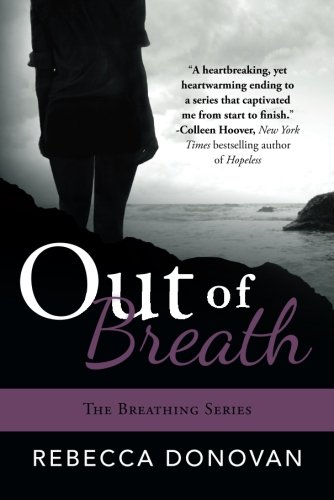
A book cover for Out of Breath (The Breathing Series); Rebecca Donovan; Literature & Fiction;